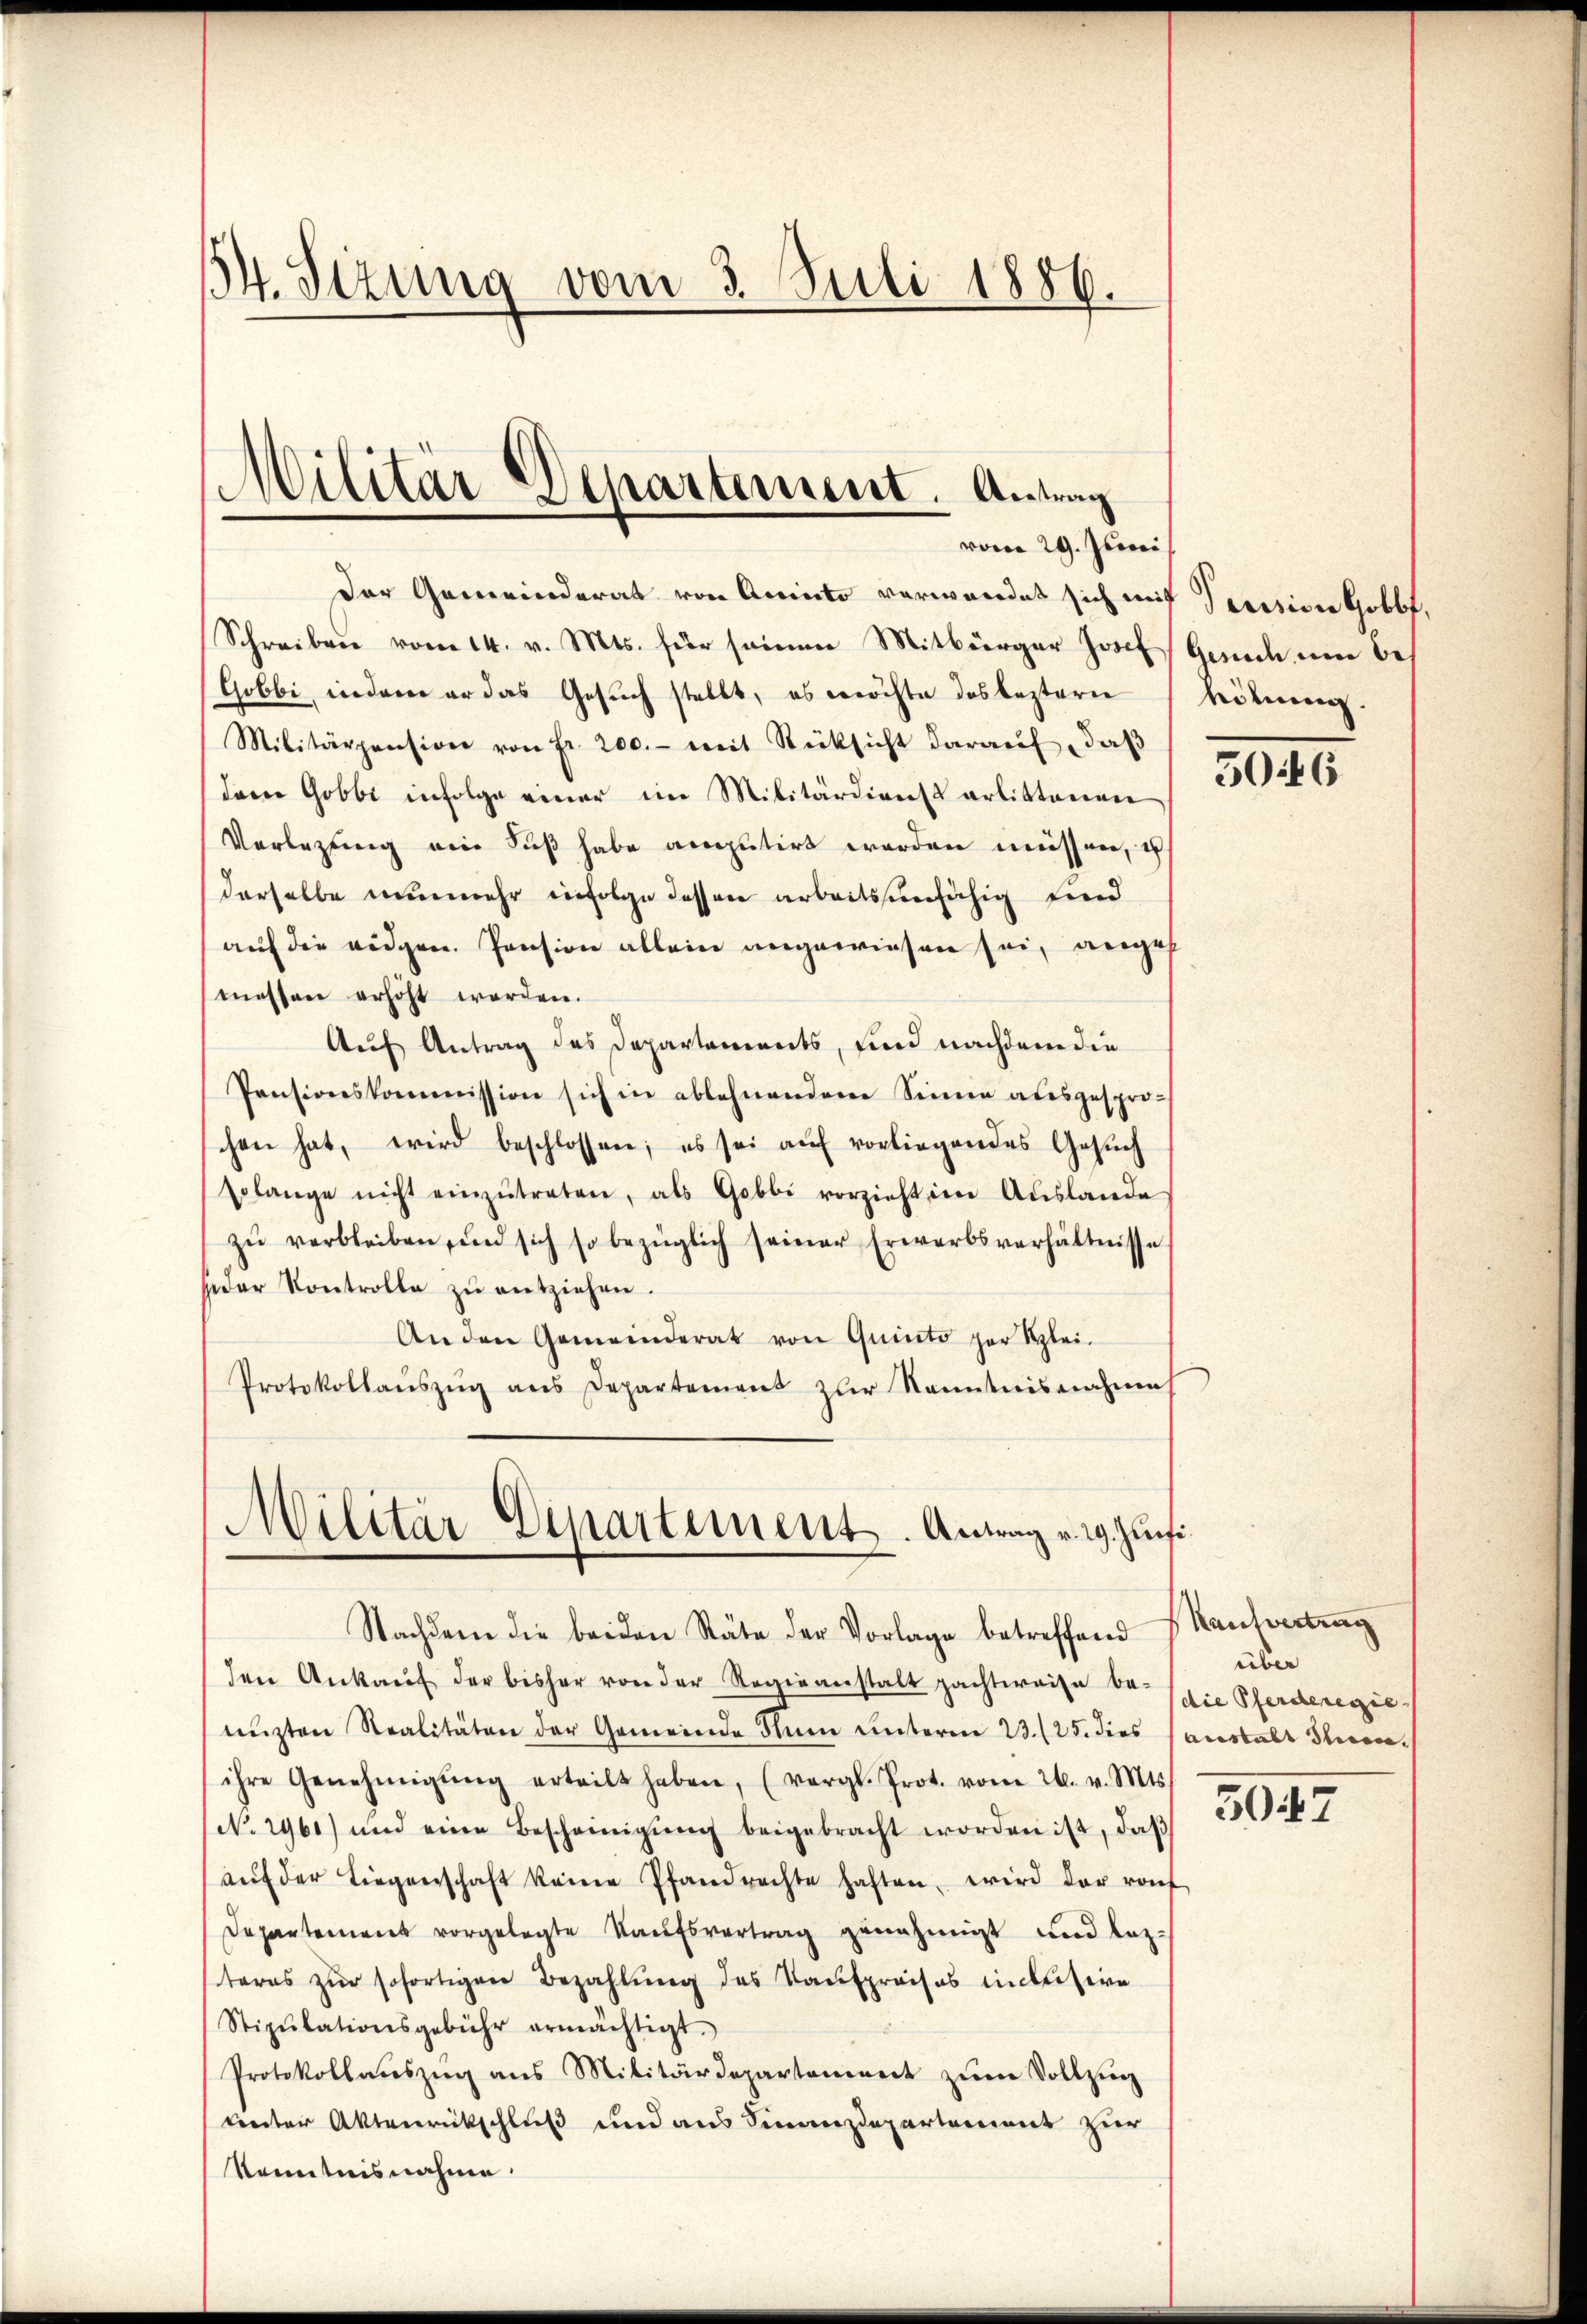
34. Sizung vom 3. Juli 1886.

Der Gemeinderat von Anato verwendet sich mit Tession Hobbe,
Schreiben vom 14. v. Mts. für seinen Mitbürger Josef Gerich, um bes
Gobbi, indem er das Gesuch stellt, es möchte das leztern können.
Militärpension von fr. 200.- mit Rücksicht daraŭf, daβ
dam Gobbe infolge einer im Militärdientarlittenen 30266
Verlegung ein Fuß habe amputirt worden müssen, u
derselbe nunmehr einfolge dessen arbeitsunfähig und
auf die eidgen. Pension allein angewiesen sei, angeh
messen erhöht werden.
Auf Antrag des Departements, und nachdem die
Pensionskommission sich in ablehnenden Sinne ausgespro-
chen hat, wird beschlossen; es sei aŭf vorliegendes Gesŭch
solange nicht einzŭtreten, als Gobbi vorzieht im Auslande
zŭ verbleiben, und sich so bezüglich seiner Erwerbsverhältnisse
jeder Kontrolle zŭ entziehen.
Anden Gemeinderat von Quinto per Klei¬
Protokollaŭszŭg ans Departement zur Kenntnisnahmes
Militär Dipartements-Antrag v. 29. Zunfi

Militär Departement. Antrag
vom 29. Juni

Nachdem die beiden Räte der Vorlage betreffend Kaufvertrag
den Ankaŭf der bisher von der Regieanstalt pachtweise be-
nüzten Realitäten der Gemeinde Annn ŭnterm 23. (25. dies anstalt Seren.
ihre Genehmigŭng erteilt haben, (vergl. Prot. vom 26. v. Mts.
No. 2960) und eine Bescheinigŭng beigebracht worden ist, daβ
aŭf der Liegenschaft keine Pfandrechte haften, wird der rot
Departement vorgelegte Kaufsvertrag genehmigt und laz-
steres zur sofortigen Bezahlung des Kaufpreises inclusive
Stizŭlationsgebühr ermächtigt.
Protokollaŭszŭg ans Militärdepartament zŭm Vollzug
unter Aktenrückschluß und aus Finanzdepartement zur
Kenntnisnahme.

über
(die Pferderegie

5047